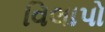
વિલાપો